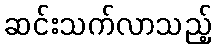
ဆင်းသက်လာသည့်